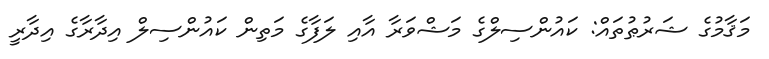
މަޤާމުގެ ޝަރުޠުތައް: ކައުންސިލްގެ މަޝްވަރާ އާއި ލަފާގެ މަތިން ކައުންސިލް އިދާރާގެ އިދާރީ